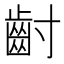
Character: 𮮿